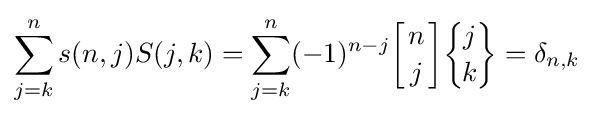
\sum _{j=k}^{n}s(n,j)S(j,k)=\sum _{j=k}^{n}(-1)^{n-j}{\biggl [}{n \atop j}{\biggr ]}{\biggl \{}{\!j\! \atop \!k\!}{\biggr \}}=\delta _{n,k}